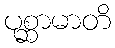
ပုစ္ဆာမာတိ